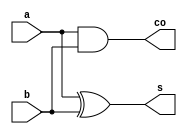
//Designed by Pavan V L
module ha(a,b,s,co);
input a,b;
output s,co;
assign s=a^b; //SUM
assign co=a&b; //CARRY OUT
endmodule